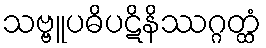
သဗ္ဗူပဓိပဋိနိဿဂ္ဂတ္ထံ